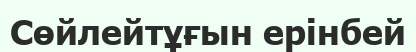
Сөйлейтұғын ерінбей